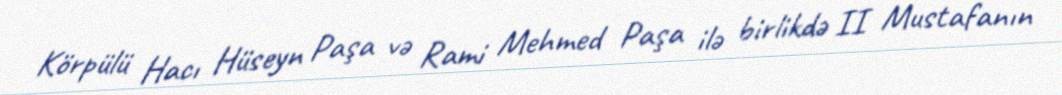
Körpülü Hacı Hüseyn Paşa və Rami Mehmed Paşa ilə birlikdə II Mustafanın